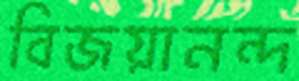
বিজয়ানন্দ